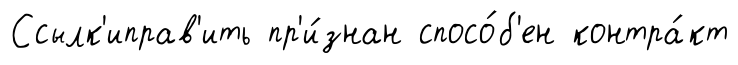
Ссылк'иправ'ить пр'и́знан спосо́б'ен контра́кт